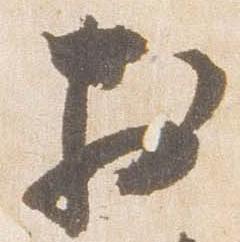
於